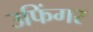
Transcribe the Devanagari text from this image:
उफिंगर